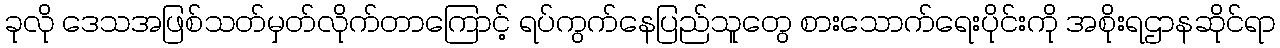
ခုလို ဒေသအဖြစ်သတ်မှတ်လိုက်တာကြောင့် ရပ်ကွက်နေပြည်သူတွေ စားသောက်ရေးပိုင်းကို အစိုးရဌာနဆိုင်ရာ